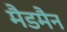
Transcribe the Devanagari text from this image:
मैडमैन